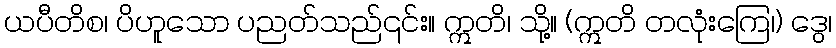
ယပီတိစ၊ ပိဟူသော ပညတ်သည်၎င်း။ ဣတိ၊ သို့။ (ဣတိ တလုံးကြေ၊) ဒွေ၊